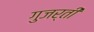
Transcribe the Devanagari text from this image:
गुजर्ती